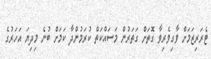
ޓެރަރިޒަމަށް ވާގިވެރިވާ ގޮތަށް ގަތަރުން މަސައްކަތް ކުރަމުންދާ ކަމަށް ބުނެ މިދިޔަ އަހަރުގެ